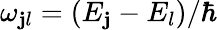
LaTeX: \omega_{\mathbf{j}l}=(E_{\mathbf{j}}-E_{l})/\hbar